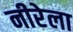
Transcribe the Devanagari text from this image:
नीरेला